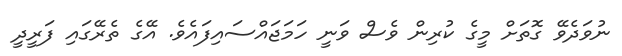
ނުވަދެވޭ ގޮތަށް މީގެ ކުރިން ވެސް ވަނީ ހަމަޖައްސައިފައެވެ. އޭގެ ތެރޭގައި ފަރީދީ